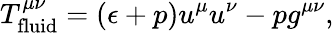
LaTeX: T_{\mathrm{fluid}}^{\mu\nu}=(\epsilon+p)u^{\mu}u^{\nu}-pg^{\mu\nu},